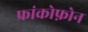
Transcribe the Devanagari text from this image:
फ्रांकोफ़ोन